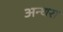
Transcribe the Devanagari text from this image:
अन्धरा